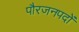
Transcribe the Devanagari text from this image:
पौरजनपदों